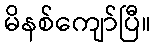
မိနစ်ကျော်ပြီ။